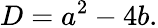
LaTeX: D=a^{2}-4b.